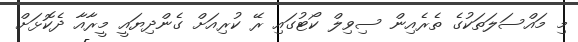
މި މައްސަލަތަކުގެ ތެރެއިން ސިވިލް ކޯޓުގައި ރޭ ކުރިއަށް ގެންދިޔައީ މީރާއާ ދެކޮޅަށް